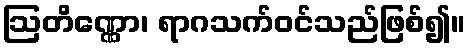
ဩတိဏ္ဏော၊ ရာဂသက်ဝင်သည်ဖြစ်၍။